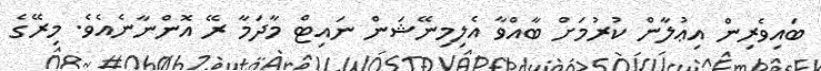
ބައިވެރިން އިޢުލާން ކުރުމަށް ބާއްވާ އެލިމިނޭޝަން ނައިޓް މާދަމާ ރޭ އޮންނާނެއެވެ. މިރޭގެ